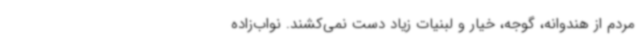
مردم از هندوانه، گوجه، خیار و لبنیات زیاد دست نمی‌کشند. نواب‌زاده